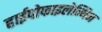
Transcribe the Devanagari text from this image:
हाईपोफाइलेन्थिन